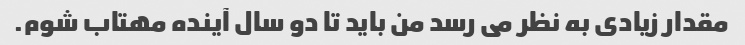
مقدار زیادی به نظر می رسد من باید تا دو سال آینده مهتاب شوم.